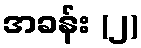
အခန်း (၂)